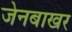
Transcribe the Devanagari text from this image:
जेनबाखर